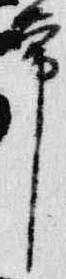
帯